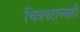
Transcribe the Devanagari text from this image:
चित्रपटाच्याही